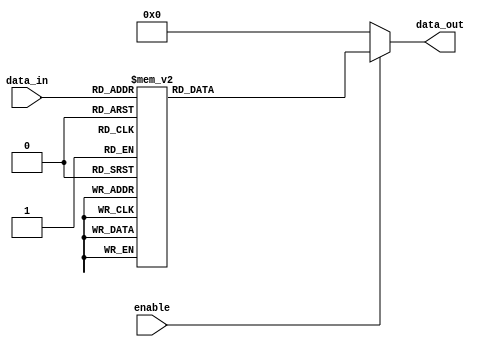
module demux_4to16 (
    input [3:0] data_in,
    input enable,
    output reg [15:0] data_out
);

always @(*) begin
    if (enable) begin
        case(data_in)
            4'b0000: data_out = 16'b0000000000000001;
            4'b0001: data_out = 16'b0000000000000010;
            4'b0010: data_out = 16'b0000000000000100;
            4'b0011: data_out = 16'b0000000000001000;
            4'b0100: data_out = 16'b0000000000010000;
            4'b0101: data_out = 16'b0000000000100000;
            4'b0110: data_out = 16'b0000000001000000;
            4'b0111: data_out = 16'b0000000010000000;
            4'b1000: data_out = 16'b0000000100000000;
            4'b1001: data_out = 16'b0000001000000000;
            4'b1010: data_out = 16'b0000010000000000;
            4'b1011: data_out = 16'b0000100000000000;
            4'b1100: data_out = 16'b0001000000000000;
            4'b1101: data_out = 16'b0010000000000000;
            4'b1110: data_out = 16'b0100000000000000;
            4'b1111: data_out = 16'b1000000000000000;
            default: data_out = 16'b0000000000000000;
        endcase
    end else begin
        data_out = 16'b0000000000000000;
    end
end

endmodule